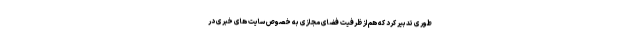
طوری تدبیر کرد که هم از ظرفیت فضای مجازی به خصوص سایت های خبری در